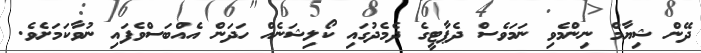
ދޭން ޝިޔާމް ނިންމެވި ނަމަވެސް ދެޕާޓީގެ ދެމެދުގައި ކޯލިޝަނެއް ހަދަން އެއްބަސްވެފައި ނުވާކަމަށެވެ.